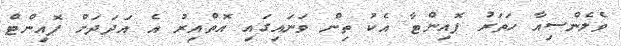
ވެލެންސިއާ ހަތަރު ޕޮއިންޓާ އެކު ތިން ވަނައިގައި އޮތްއިރު އެ އަދަދަށް ޕޮއިންޓް